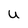
Character: u